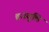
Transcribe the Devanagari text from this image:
ब्रजवुलि